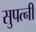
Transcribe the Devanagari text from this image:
सुपत्नी